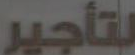
لتأجير